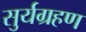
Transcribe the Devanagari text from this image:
सुर्यग्रहण